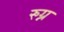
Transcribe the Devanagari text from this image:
रुग्न